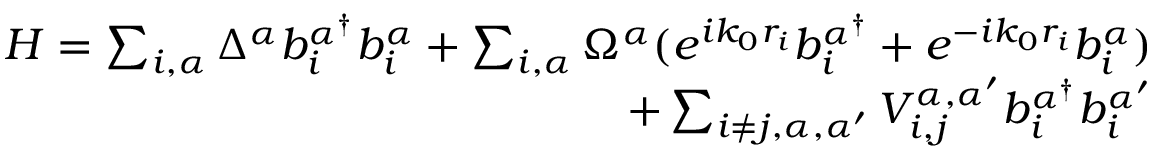
\begin{array} { r } { H = \sum _ { i , \alpha } \Delta ^ { \alpha } b _ { i } ^ { \alpha ^ { \dagger } } b _ { i } ^ { \alpha } + \sum _ { i , \alpha } \Omega ^ { \alpha } ( e ^ { i k _ { 0 } r _ { i } } b _ { i } ^ { \alpha ^ { \dagger } } + e ^ { - i k _ { 0 } r _ { i } } b _ { i } ^ { \alpha } ) } \\ { + \sum _ { i \neq j , \alpha , \alpha ^ { \prime } } V _ { i , j } ^ { \alpha , \alpha ^ { \prime } } b _ { i } ^ { \alpha ^ { \dagger } } b _ { i } ^ { \alpha ^ { \prime } } } \end{array}